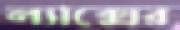
ল্যাক্সের